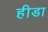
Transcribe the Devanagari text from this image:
हीडा